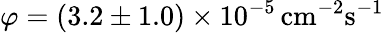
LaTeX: \varphi=(3.2\pm 1.0)\times 10^{-5}\, \textrm{cm}^{-2}\textrm{s}^{-1}